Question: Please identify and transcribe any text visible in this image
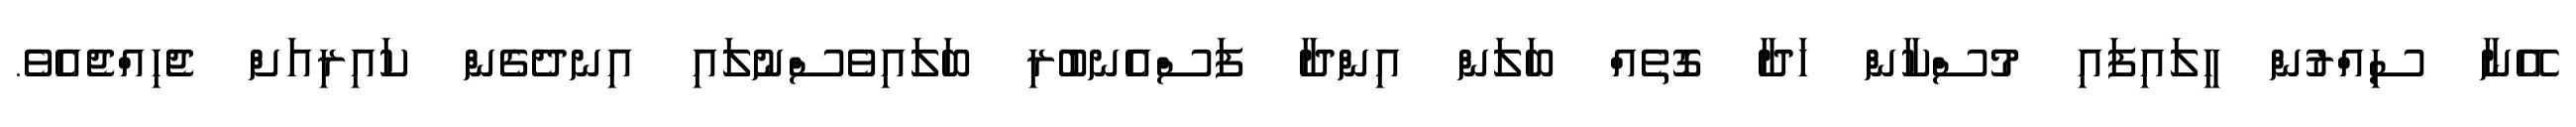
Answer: އޭނާ ސިއްރުން ހީލައިފައި މުސްކާން ހަދާ ގޮތެއް ބަލަން އިންދާ ފަސްއެނބުރި ބަލައިވެސްނުލައި އިނދެގެން ކައިރިއަށް ޖެހިއްޖެއެވެ.